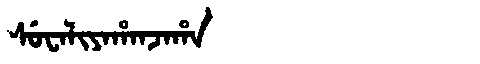
Manchu: ᠰᡠᠸᠠᠯᡳᠶᠠᡥᠠᠨᠵᠠᡥᠠ
Romanization: SUWALIYAHANJAHA